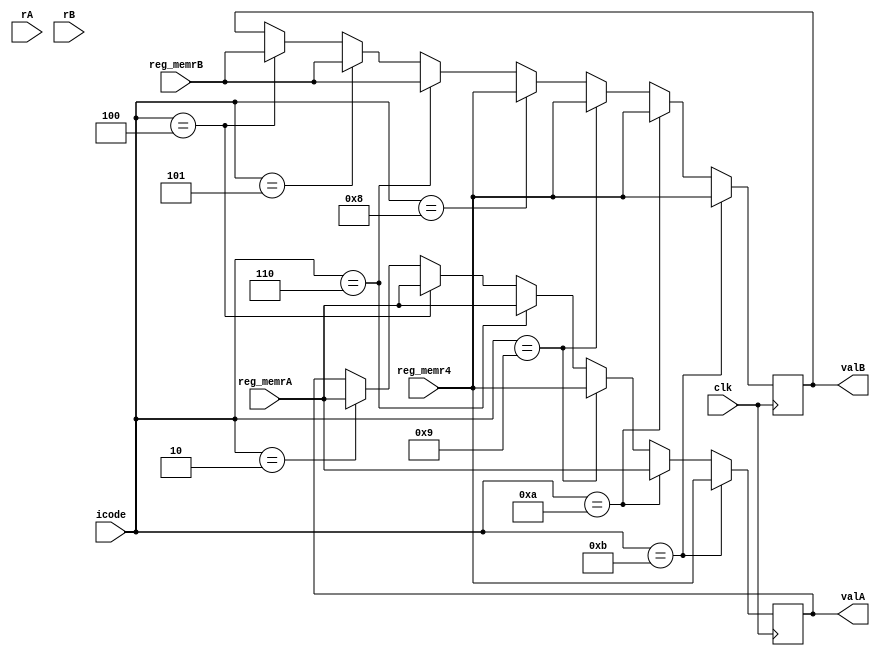
`timescale 1ns / 1ps

module decode(
  clk,icode,rA,rB,reg_memrA,reg_memrB,reg_memr4,
  valA,valB
);

  input clk;
  input [3:0] icode;
  input [3:0] rA;
  input [3:0] rB; 
  input [63:0] reg_memrA;
  input [63:0] reg_memrB;
  input [63:0] reg_memr4;

  output reg [63:0] valA;
  output reg [63:0] valB; 

  always@(posedge clk)
  begin
    if(icode==4'b0010) //cmovxx
    begin
      valA=reg_memrA;
    end
    // if(icode==4'b0011) //irmovq
    // begin
    // end
    if(icode==4'b0100) //rmmovq
    begin
      valA=reg_memrA;
      valB=reg_memrB;
    end
    if(icode==4'b0101) //mrmovq
    begin
      valB=reg_memrB;
    end
    if(icode==4'b0110) //OPq
    begin
      valA=reg_memrA;
      valB=reg_memrB;
    end
    // if(icode==4'b0111) //jxx
    // begin
    // end
    if(icode==4'b1000) //call
    begin
      valB=reg_memr4; //rsp
    end
    if(icode==4'b1001) //ret
    begin
      valA=reg_memr4; //rsp
      valB=reg_memr4; //rsp
    end
    if(icode==4'b1010) //pushq
    begin
      valA=reg_memrA;
      valB=reg_memr4; //rsp
    end
    if(icode==4'b1011) //popq
    begin
      valA=reg_memr4; //rsp
      valB=reg_memr4; //rsp
    end
  end

endmodule